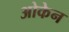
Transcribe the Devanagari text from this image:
ओकेन